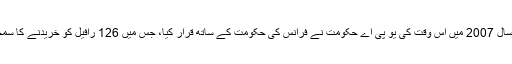
اس کے لئے سال 2007 میں اس وقت کی یو پی اے حکومت نے فرانس کی حکومت کے ساتھ قرار کیا، جس میں 126 رافیل کو خریدنے کا سمجھوتہ ہوا تھا۔